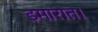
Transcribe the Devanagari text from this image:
इमारात।